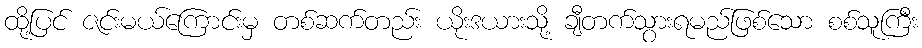
ထို့ပြင် ဇင်းမယ်ကြောင်းမှ တစ်ဆက်တည်း ယိုးဒယားသို့ ချီတက်သွားရမည်ဖြစ်သော စစ်သူကြီး